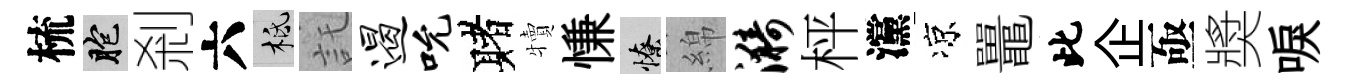
梳胞剎六柢託遏吮赌犢慊憭綿漪枰灙凉鼉此企亟奬唳